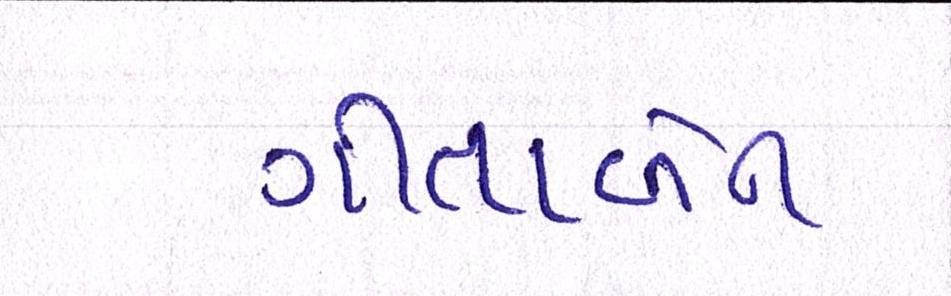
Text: ગીતાબેન